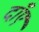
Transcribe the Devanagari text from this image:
दाँए